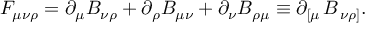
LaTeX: F _ { \mu \nu \rho } = \partial _ { \mu } B _ { \nu \rho } + \partial _ { \rho } B _ { \mu \nu } + \partial _ { \nu } B _ { \rho \mu } \equiv \partial _ { \left[ \mu \right. } B _ { \left. \nu \rho \right] } .